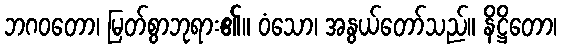
ဘဂဝတော၊ မြတ်စွာဘုရား၏။ ဝံသော၊ အနွယ်တော်သည်။ နိဋ္ဌိတော၊